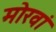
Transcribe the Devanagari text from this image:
मोरवां